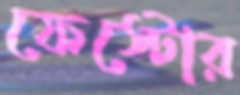
ফেস্টোর